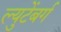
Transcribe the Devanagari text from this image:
ल्युटेंबर्ग